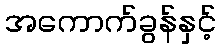
အကောက်ခွန်နှင့်